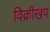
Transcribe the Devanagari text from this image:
विक्रीखप